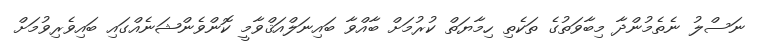
ނަސްލު ނެތެމުންދާ މިބާވަތުގެ ތަކެތި ހިމާޔަތް ކުރުމަށް ބާއްވާ ބައިނަލްއަޤްވާމީ ކޮންވެންޝަނެއްގައި ބައިވެރިވުމަށް